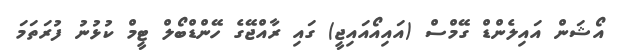
އޯޝަން އައިލެންޑް ގޭމްސް (އައިއޯއައިޖީ) ގައި ރާއްޖޭގެ ހޭންޑްބޯލް ޓީމް ކުޅުނު ފުރަތަމަ